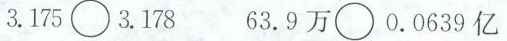
3.175\circ 3.178 63.9万\circ 0.0639亿